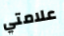
علامتي